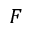
F